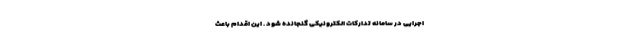
اجرایی در سامانه تدارکات الکترونیکی گنجانده شود‌ . این اقدام باعث